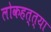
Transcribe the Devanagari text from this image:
लोकहत्त्या